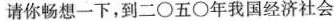
请你畅想一下，到二○五○年我国经济社会